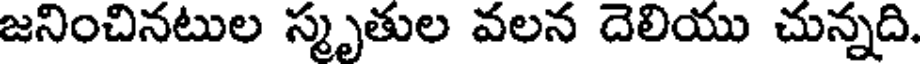
జనించినటుల స్మృతుల వలన దెలియు చున్నది.